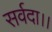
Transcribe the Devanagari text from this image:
सर्वदा।।